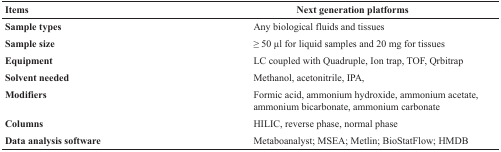
<table><thead><tr><td><b>Items</b></td><td><b>Next generation platforms</b></td></tr></thead><tbody><tr><td><b>Sample types</b></td><td>Any biological fluids and tissues</td></tr><tr><td><b>Sample size</b></td><td>≥ 50 μl for liquid samples and 20 mg for tissues</td></tr><tr><td><b>Equipment</b></td><td>LC coupled with Quadruple, Ion trap, TOF, Qrbitrap</td></tr><tr><td><b>Solvent needed</b></td><td>Methanol, acetonitrile, IPA,</td></tr><tr><td><b>Modifiers</b></td><td>Formic acid, ammonium hydroxide, ammonium acetate, ammonium bicarbonate, ammonium carbonate</td></tr><tr><td><b>Columns</b></td><td>HILIC, reverse phase, normal phase</td></tr><tr><td><b>Data analysis software</b></td><td>Metaboanalyst; MSEA; Metlin; BioStatFlow; HMDB</td></tr></tbody></table>